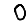
Digit: 0